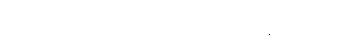
တစ်ယောက် ဖြစ်ကြောင်းလည်း သိစေသည်။